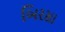
બિરસા